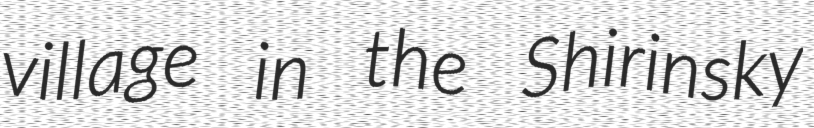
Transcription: village in the Shirinsky